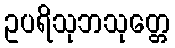
ဥပရိသုဘသုတ္တေ